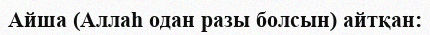
Айша (Аллаһ одан разы болсын) айтқан: